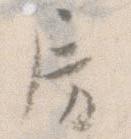
房